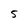
Character: 5